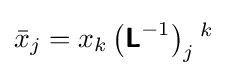
{\bar {x}}_{j}=x_{k}\left({\boldsymbol {\mathsf {L}}}^{-1}\right)_{j}{}^{k}